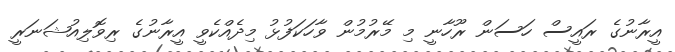
އީރާނުގެ ރައީސް ހަސަން ރޫހާނީ މި މޭރުމުން ވާހަކަފުޅު މިދެއްކެވީ އީރާނުގެ ރިވޮލިއުޝަނަރީ